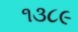
૧૩૮૯